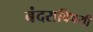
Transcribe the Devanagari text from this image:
बंदराविषयी